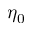
\eta _ { 0 }